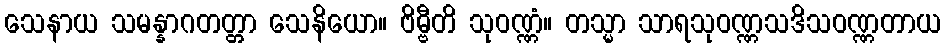
သေနာယ သမန္နာဂတတ္တာ သေနိယော။ ဗိမ္ဗီတိ သုဝဏ္ဏံ။ တသ္မာ သာရသုဝဏ္ဏသဒိသဝဏ္ဏတာယ